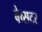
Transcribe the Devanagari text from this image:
बेव्सटर